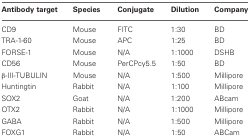
<table><thead><tr><td><b>Antibody target</b></td><td><b>Species</b></td><td><b>Conjugate</b></td><td><b>Dilution</b></td><td><b>Company</b></td></tr></thead><tbody><tr><td>CD9</td><td>Mouse</td><td>FITC</td><td>1:30</td><td>BD</td></tr><tr><td>TRA-1-60</td><td>Mouse</td><td>APC</td><td>1:25</td><td>BD</td></tr><tr><td>FORSE-1</td><td>Mouse</td><td>N/A</td><td>1:1000</td><td>DSHB</td></tr><tr><td>CD56</td><td>Mouse</td><td>PerCPcy5.5</td><td>1:50</td><td>BD</td></tr><tr><td>β-III-TUBULIN</td><td>Mouse</td><td>N/A</td><td>1:500</td><td>Millipore</td></tr><tr><td>Huntingtin</td><td>Rabbit</td><td>N/A</td><td>1:100</td><td>Millipore</td></tr><tr><td>SOX2</td><td>Goat</td><td>N/A</td><td>1:200</td><td>ABcam</td></tr><tr><td>OTX2</td><td>Rabbit</td><td>N/A</td><td>1:1000</td><td>Millipore</td></tr><tr><td>GABA</td><td>Rabbit</td><td>N/A</td><td>1:500</td><td>Millipore</td></tr><tr><td>FOXG1</td><td>Rabbit</td><td>N/A</td><td>1:50</td><td>ABCam</td></tr></tbody></table>